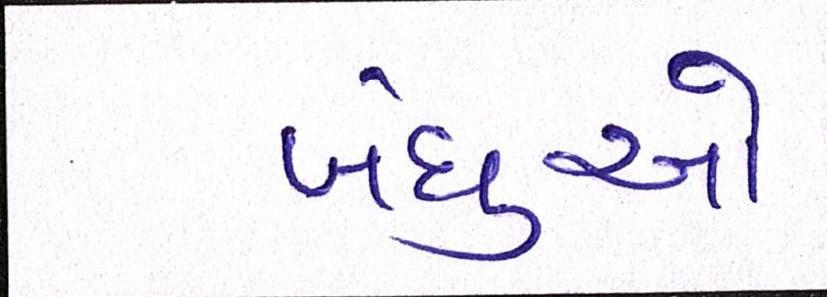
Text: બંધુઓ